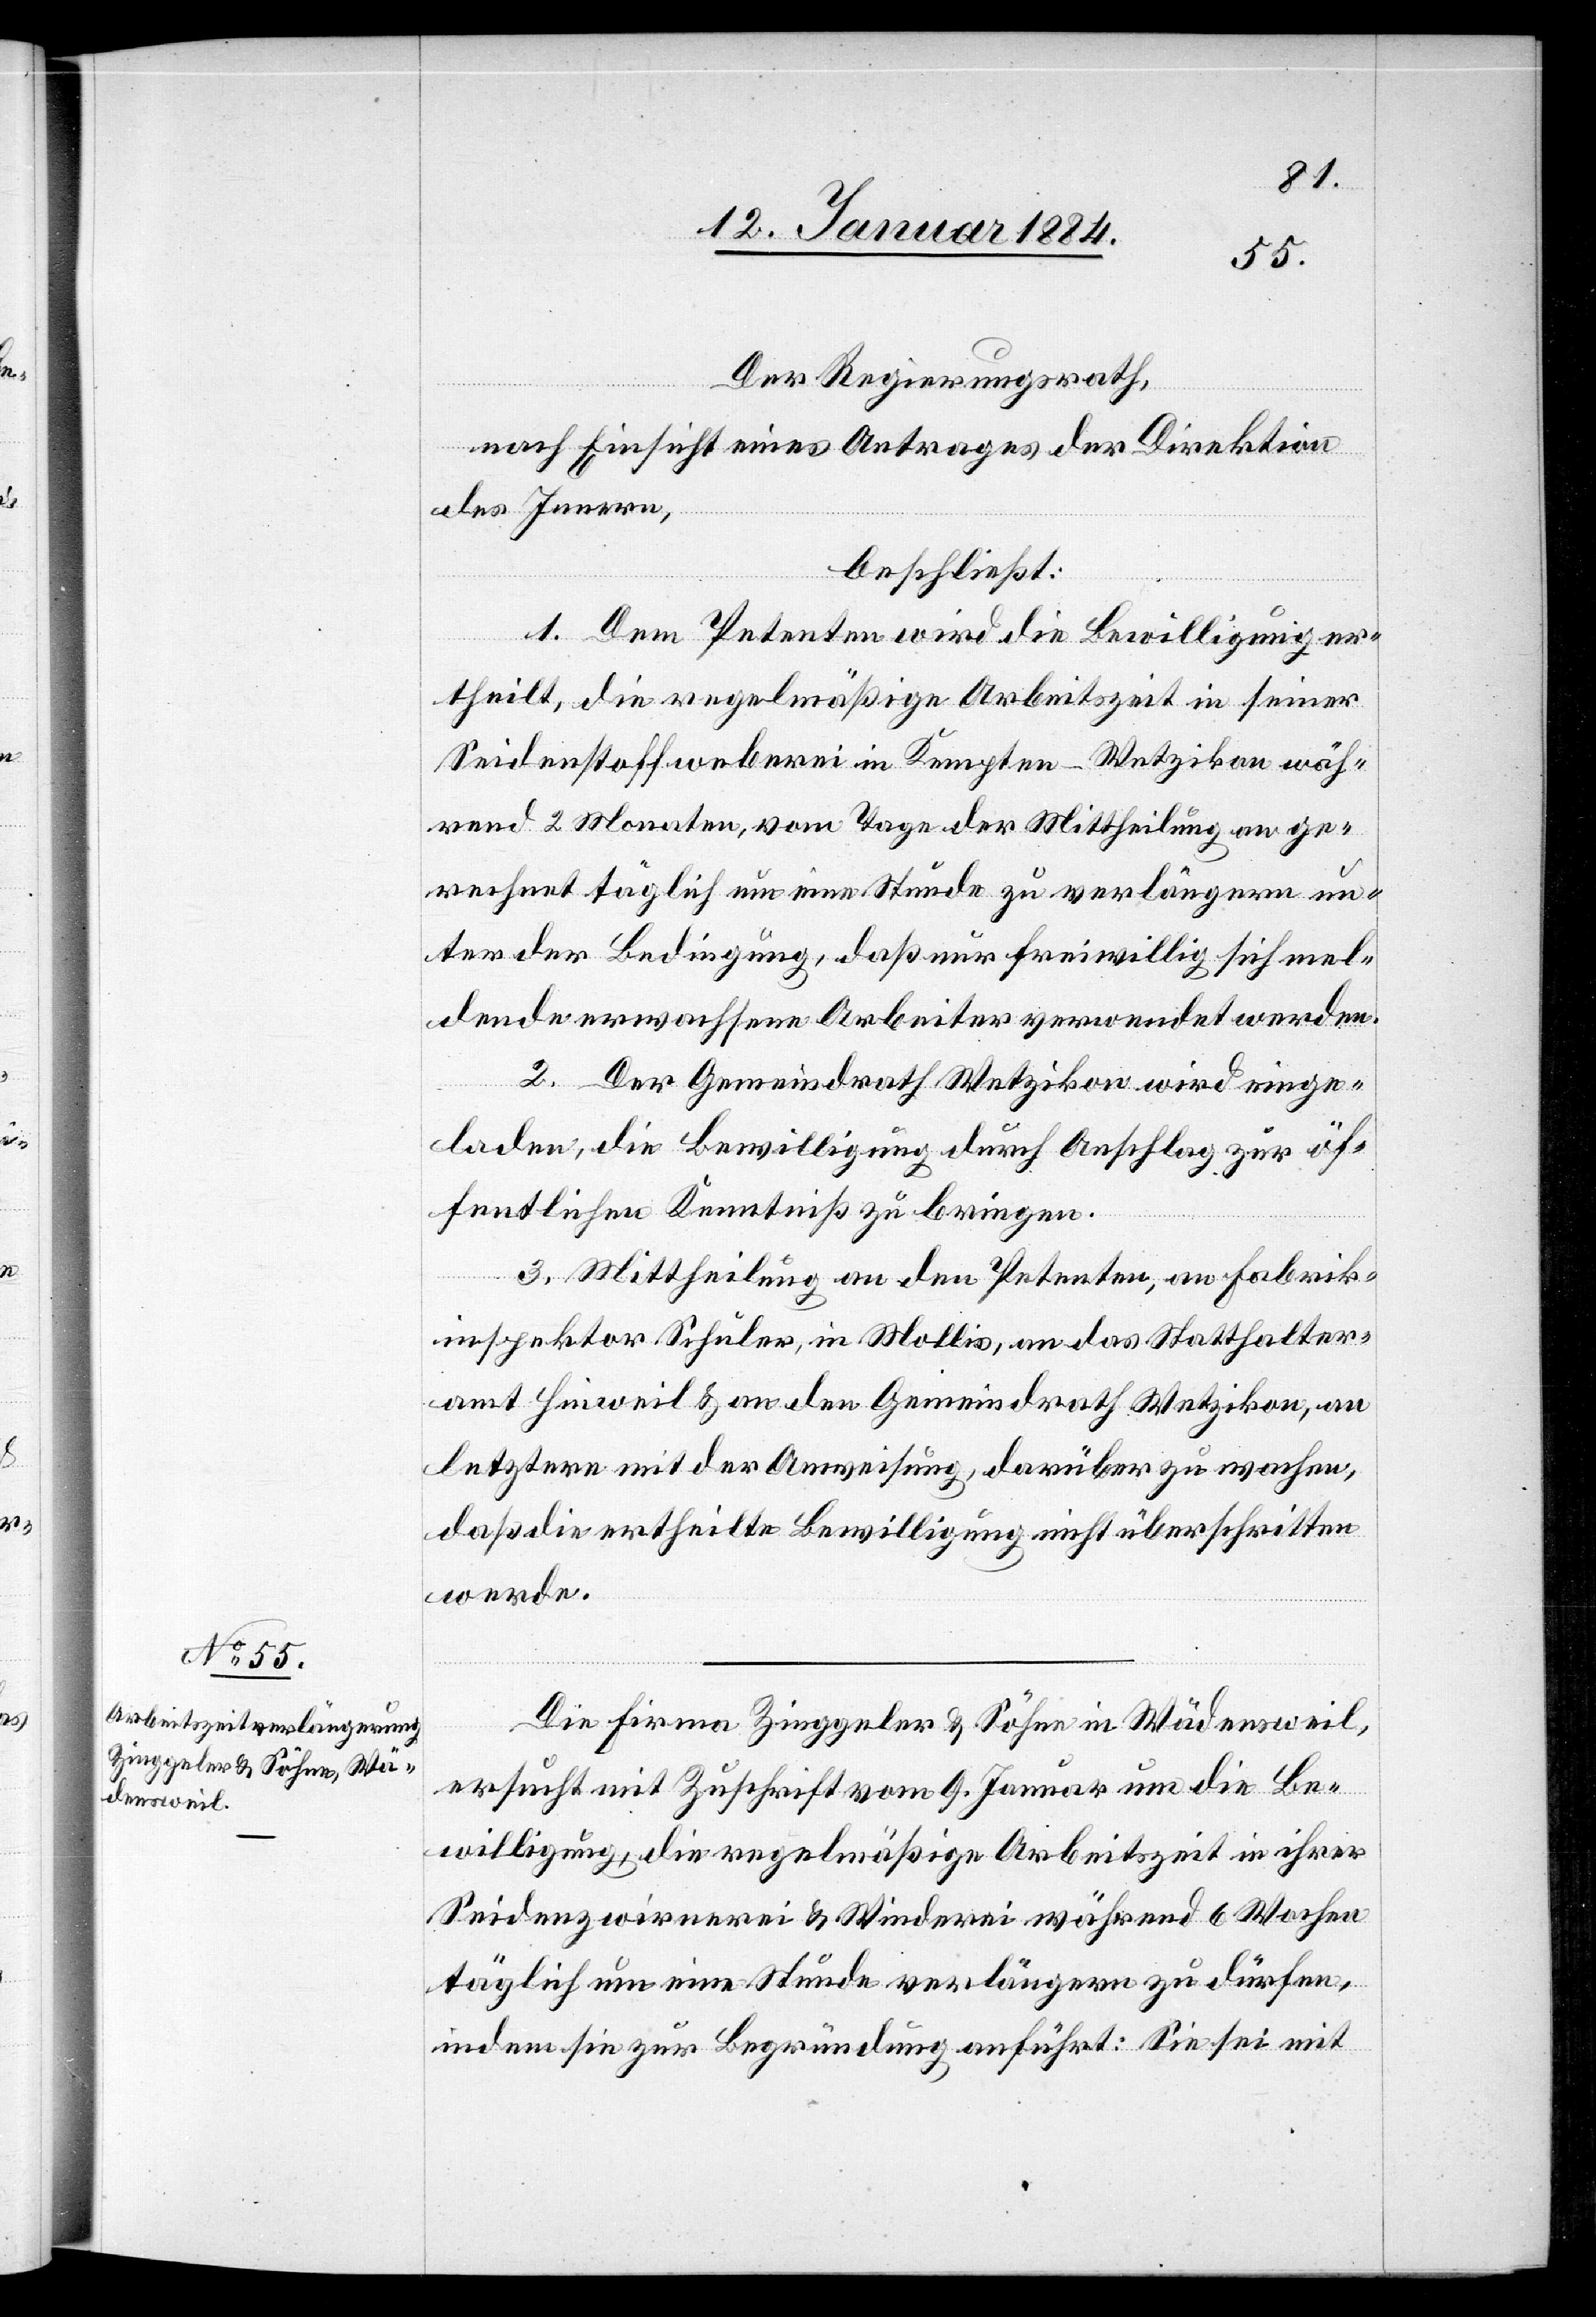
Der Regierungsrath,
nach Einsicht eines Antrages der Direktion
des Innern,
beschließt:
1. Dem Petenten wird die Bewilligung er¬
theilt, die regelmäßige Arbeitszeit in seiner
Seidenstoffweberei in Kempten - Wetzikon wäh¬
rend 2 Monaten, vom Tage der Mittheilung an ge¬
rechnet täglich um eine Stunde zu verlängern un¬
ter der Bedingung, daß nur freiwillig sich mel¬
dende erwachsene Arbeiter verwendet werden.
2. Der Gemeindrath Wetzikon wird einge¬
laden, die Bewilligung durch Anschlag zur öf¬
fentlichen Kenntniß zu bringen.
3. Mittheilung an den Petenten, an Fabrik¬
inspektor Schuler, in Mollis, an das Statthalter¬
amt Hinweil & an den Gemeindrath Wetzikon, an
letztere mit der Anweisung, darüber zu wachen,
daß die ertheilte Bewilligung nicht überschritten
werde.
Die Firma Zinggeler & Söhne in Wädensweil,
ersucht mit Zuschrift vom 9. Januar um die Be¬
willigung, die regelmäßige Arbeitszeit in ihrer
Seidenzwirnerei & Weberei während 6 Wochen
täglich um eine Stunde verlängern zu dürfen,
indem sie zur Begründung anführt: Sie sei mit